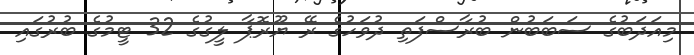
މިއަދަބުގެ ސަބަބުން ބުރާސްފަތި ދުވަހުގެ ރޭ ޔޫރޮޕާ ލީގުގެ 32 ޓީމުގެ ބުރުގައި